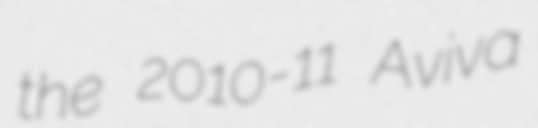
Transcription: the 2010-11 Aviva